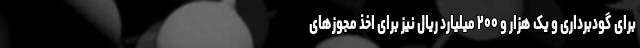
برای گودبرداری و یک هزار و ۲۰۰ میلیارد ریال نیز برای اخذ مجوزهای